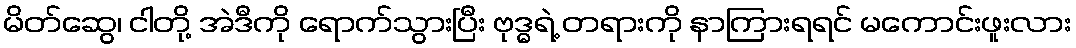
မိတ်ဆွေ၊ ငါတို့ အဲဒီကို ရောက်သွားပြီး ဗုဒ္ဓရဲ့ တရားကို နာကြားရရင် မကောင်းဖူးလား